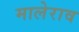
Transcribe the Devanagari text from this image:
मालेराव